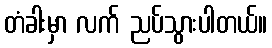
တံခါးမှာ လက် ညပ်သွားပါတယ်။